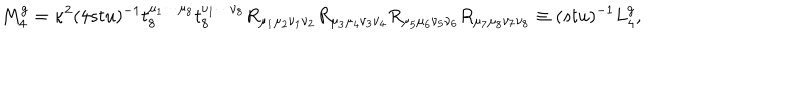
M _ { 4 } ^ { g } = \kappa ^ { 2 } ( 4 s t u ) ^ { - 1 } t _ { 8 } ^ { \mu _ { 1 } \cdots \mu _ { 8 } } t _ { 8 } ^ { \nu _ { 1 } \cdots \nu _ { 8 } } R _ { \mu _ { 1 } \mu _ { 2 } \nu _ { 1 } \nu _ { 2 } } R _ { \mu _ { 3 } \mu _ { 4 } \nu _ { 3 } \nu _ { 4 } } R _ { \mu _ { 5 } \mu _ { 6 } \nu _ { 5 } \nu _ { 6 } } R _ { \mu _ { 7 } \mu _ { 8 } \nu _ { 7 } \nu _ { 8 } } \equiv ( s t u ) ^ { - 1 } L _ { 4 } ^ { g } ,